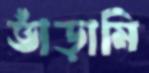
ভাঁড়ামি